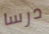
درسا